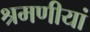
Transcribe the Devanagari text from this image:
श्रमणीयां